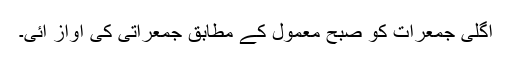
اگلی جمعرات کو صبح معمول کے مطابق جمعراتی کی آواز آئی۔